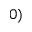
0 )